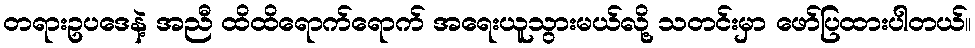
တရားဥပဒေနဲ့ အညီ ထိထိရောက်ရောက် အရေးယူသွားမယ်လို့ သတင်းမှာ ဖော်ပြထားပါတယ်။